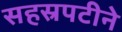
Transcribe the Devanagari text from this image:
सहस्रपटीने